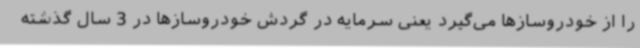
را از خودروسازها می‌گیرد یعنی سرمایه در گردش خودروسازها در 3 سال گذشته